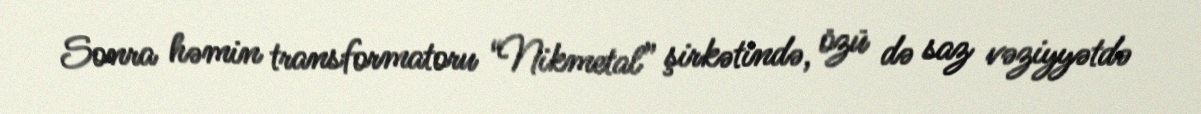
Sonra həmin transformatoru “Nikmetal” şirkətində, özü də saz vəziyyətdə